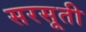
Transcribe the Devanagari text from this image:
सरसूती